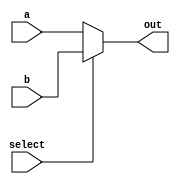
/* An N-bit wide 2 to 1 multiplexer */
module mux2to1#(parameter N = 1)(
    output [N - 1:0] out, // Selected output
    input [N - 1:0] a, // Choice 0
    input [N - 1:0] b, // Choice 1
    input select // Selector bit
);
    assign out = select ? b : a;
endmodule